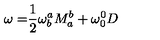
\mathbf { \omega = } \frac { 1 } { 2 } \mathbf { \omega } _ { b } ^ { a } M _ { a } ^ { b } + \mathbf { \omega } _ { 0 } ^ { 0 } D